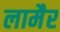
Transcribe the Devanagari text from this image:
लामैर